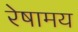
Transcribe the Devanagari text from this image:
रेषामय